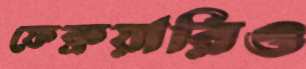
ফেব্রুয়ারিও